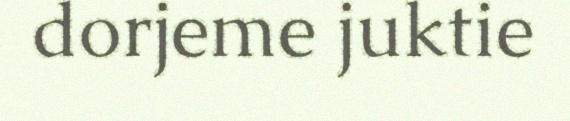
dorjeme juktie